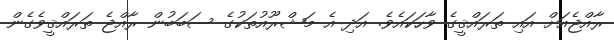
ރާއްޖެއަށް އައި ތަރައްޤީގެ ވާހަކައެވެ. އަދި އެ މަޝްރޫއުތަކުގެ ސަބަބުން ރާއްޖެ ތަރައްޤީވެގެން